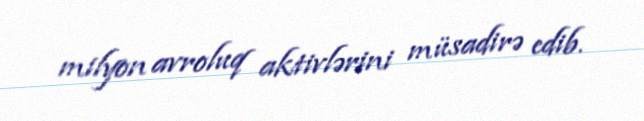
milyon avroluq aktivlərini müsadirə edib.